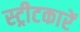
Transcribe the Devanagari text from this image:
स्ट्रीटकारें